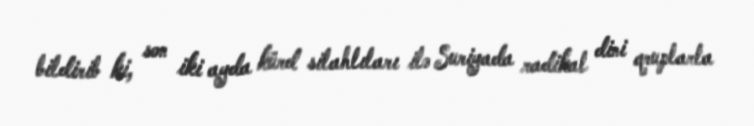
bildirib ki, son iki ayda kürd silahlıları ilə Suriyada radikal dini qruplarla